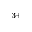
^ { 3 + }